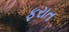
ફરાત